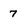
Character: 7